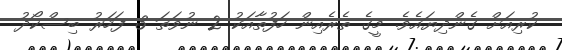
ކުރިއަށް ގެންދިޔައެވެ. މީގެ ތެރެއިން ހަފުތާއަކު 2 ނުވަތަ 3 ފަހަރު ބިސްކޯދު